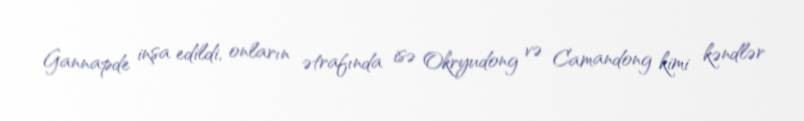
Gannapde inşa edildi, onların ətrafında isə Okryudong və Camandong kimi kəndlər